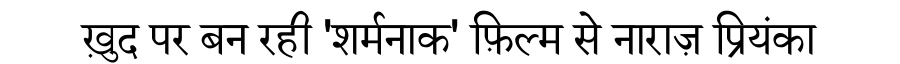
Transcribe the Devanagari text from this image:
ख़ुद पर बन रही 'शर्मनाक' फ़िल्म से नाराज़ प्रियंका